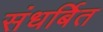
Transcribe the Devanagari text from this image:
संधर्बित